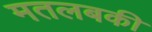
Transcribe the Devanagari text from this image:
मतलबकी